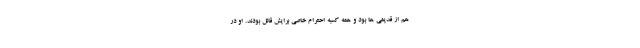
هم از قدیمی­ ها بود و همه کسبه احترام خاصی برایش قائل بودند. او در